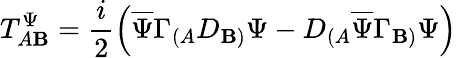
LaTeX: T_{A\mathbf{B}}^{\Psi}=\frac{{i}}{{2}}\left(\overline{{{\Psi}}}\Gamma_{(A}D_{\mathbf{B})}\Psi-D_{(A}\overline{{{\Psi}}}\Gamma_{\mathbf{B})}\Psi\right)